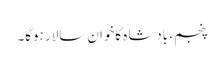
پنجم ، بادشاہ کاخوان سالار ہوگا۔